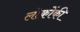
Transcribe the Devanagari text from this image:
लोकोंकी